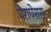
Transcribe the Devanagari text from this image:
पेरापेरास